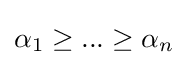
\alpha _{1}\geq ...\geq \alpha _{n}